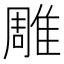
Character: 雕